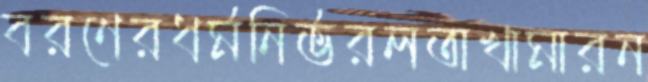
বরণেরধর্মনির্ভরলতাখামারন